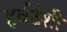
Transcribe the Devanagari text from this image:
हर्बर्टशी